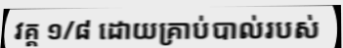
វគ្គ ១/៨ ដោយគ្រាប់បាល់របស់